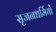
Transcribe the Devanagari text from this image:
सृजनधर्मियों